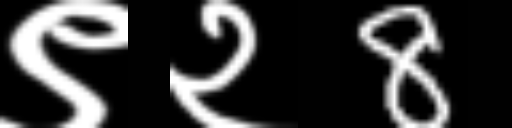
Text: ९२8